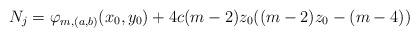
LaTeX: \begin{align*}N_{j}=\varphi_{m,(a,b)}(x_{0},y_{0})+4c(m-2)z_{0}((m-2)z_{0}-(m-4))\end{align*}